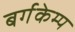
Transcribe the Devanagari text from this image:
बर्गकेम्प